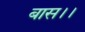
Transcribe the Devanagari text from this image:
बास।।